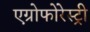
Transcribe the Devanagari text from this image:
एग्रोफोरेस्ट्री